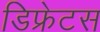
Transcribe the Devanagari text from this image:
डिफ्रेटस